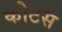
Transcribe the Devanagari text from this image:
कोटस